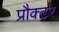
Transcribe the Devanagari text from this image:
प्रौक्टर